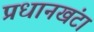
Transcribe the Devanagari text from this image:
प्रधानखंटा